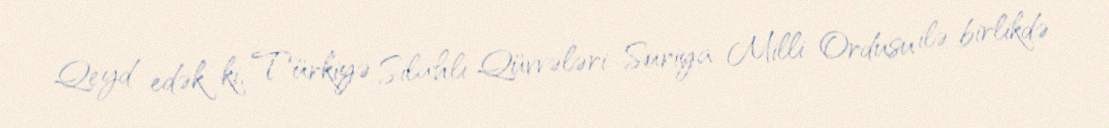
Qeyd edək ki, Türkiyə Silahlı Qüvvələri Suriya Milli Ordusu ilə birlikdə